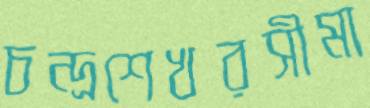
চন্দ্রশেখরসীমা